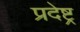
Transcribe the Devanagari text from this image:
प्रदेष्ट्र